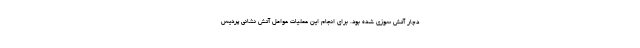
دچار آتش سوزی شده بود. برای انجام این عملیات عوامل آتش نشانی پردیس